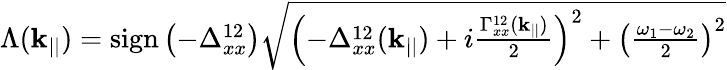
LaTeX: \begin{array}{r}{\Lambda(\mathbf{k}_{||})=\textrm{sign}\left(-\Delta_{xx}^{12}\right)\sqrt{\left(-\Delta_{xx}^{12}(\mathbf{k}_{||})+i\frac{\Gamma_{xx}^{12}(\mathbf{k}_{||})}{2}\right)^{2}+\left(\frac{\omega_{1}-\omega_{2}}{2}\right)^{2}}}\end{array}